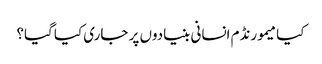
کیا میمورنڈم انسانی بنیادوں پر جاری کیا گیا؟